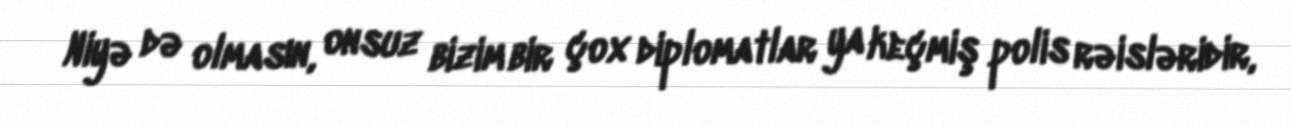
Niyə də olmasın, onsuz bizim bir çox diplomatlar ya keçmiş polis rəisləridir,